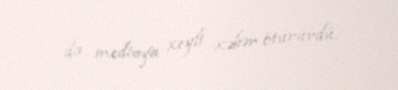
da mediaya xeyli xəbər ötürürdü.